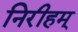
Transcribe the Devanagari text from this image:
निरीहम्